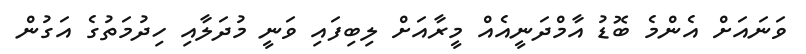
ވަނައަށް އެންމެ ބޮޑު އާމްދަނީއެއް މީރާއަށް ލިބިފައި ވަނީ މުދަލާއި ހިދުމަތުގެ އަގުން